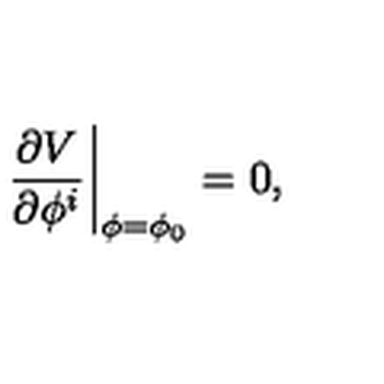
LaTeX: \left. \frac { \partial V } { \partial \phi ^ { i } } \right| _ { \phi = \phi _ { 0 } } = 0 ,